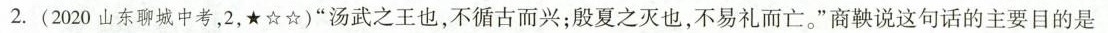
2.(2020山东聊城中考，2，★☆☆)”汤武之王也，不循古而兴；殷夏之灭也，不易礼而亡。”商鞅说这句话的主要目的是